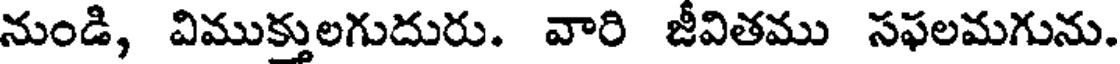
నుండి, విముక్తులగుదురు. వారి జీవితము సఫలమగును.